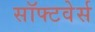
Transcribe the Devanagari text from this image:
सॉफ्टवेर्स